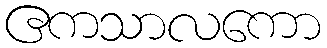
ဧကသာလကော